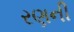
રણની